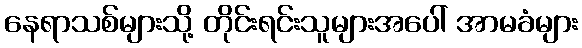
နေရာသစ်များသို့ တိုင်းရင်းသူများအပေါ် အာမခံများ